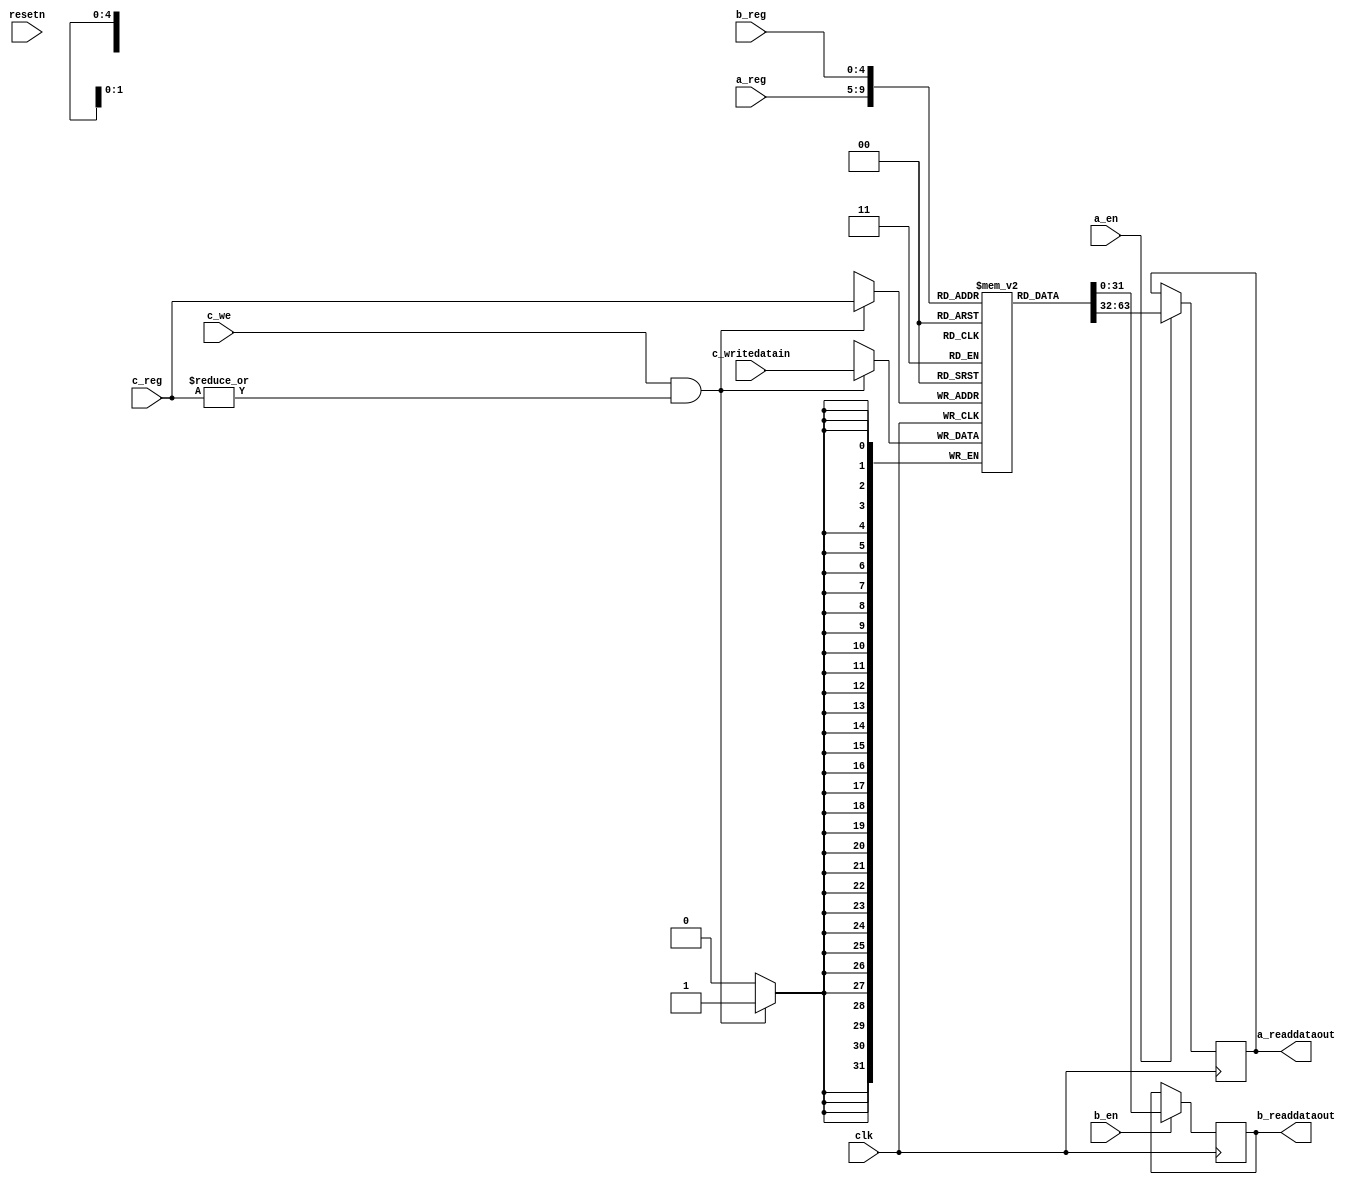
module reg_file_spree(clk,resetn, 
	a_reg, a_readdataout, a_en,
	b_reg, b_readdataout, b_en,
	c_reg, c_writedatain, c_we);
parameter WIDTH=32;
parameter NUMREGS=32;
parameter LOG2NUMREGS=5;
input clk;
input resetn;
input a_en;
input b_en;
input [LOG2NUMREGS-1:0] a_reg,b_reg,c_reg;
output [WIDTH-1:0] a_readdataout, b_readdataout;
input [WIDTH-1:0] c_writedatain;
input c_we;
reg [WIDTH-1:0] a_readdataout, b_readdataout;
reg [31:0] rf [31:0];
always @(posedge clk) begin
	if(a_en) begin
		a_readdataout <= rf[a_reg];
	end
	if(b_en) begin
		b_readdataout <= rf[b_reg];
	end
	if(c_we&(|c_reg)) begin
		rf[c_reg] <= c_writedatain;
	end
end
endmodule